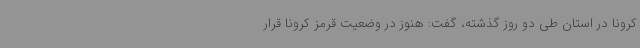
کرونا در استان طی دو روز گذشته، گفت: هنوز در وضعیت قرمز کرونا قرار